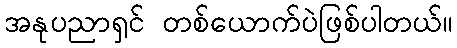
အနုပညာရှင် တစ်ယောက်ပဲဖြစ်ပါတယ်။